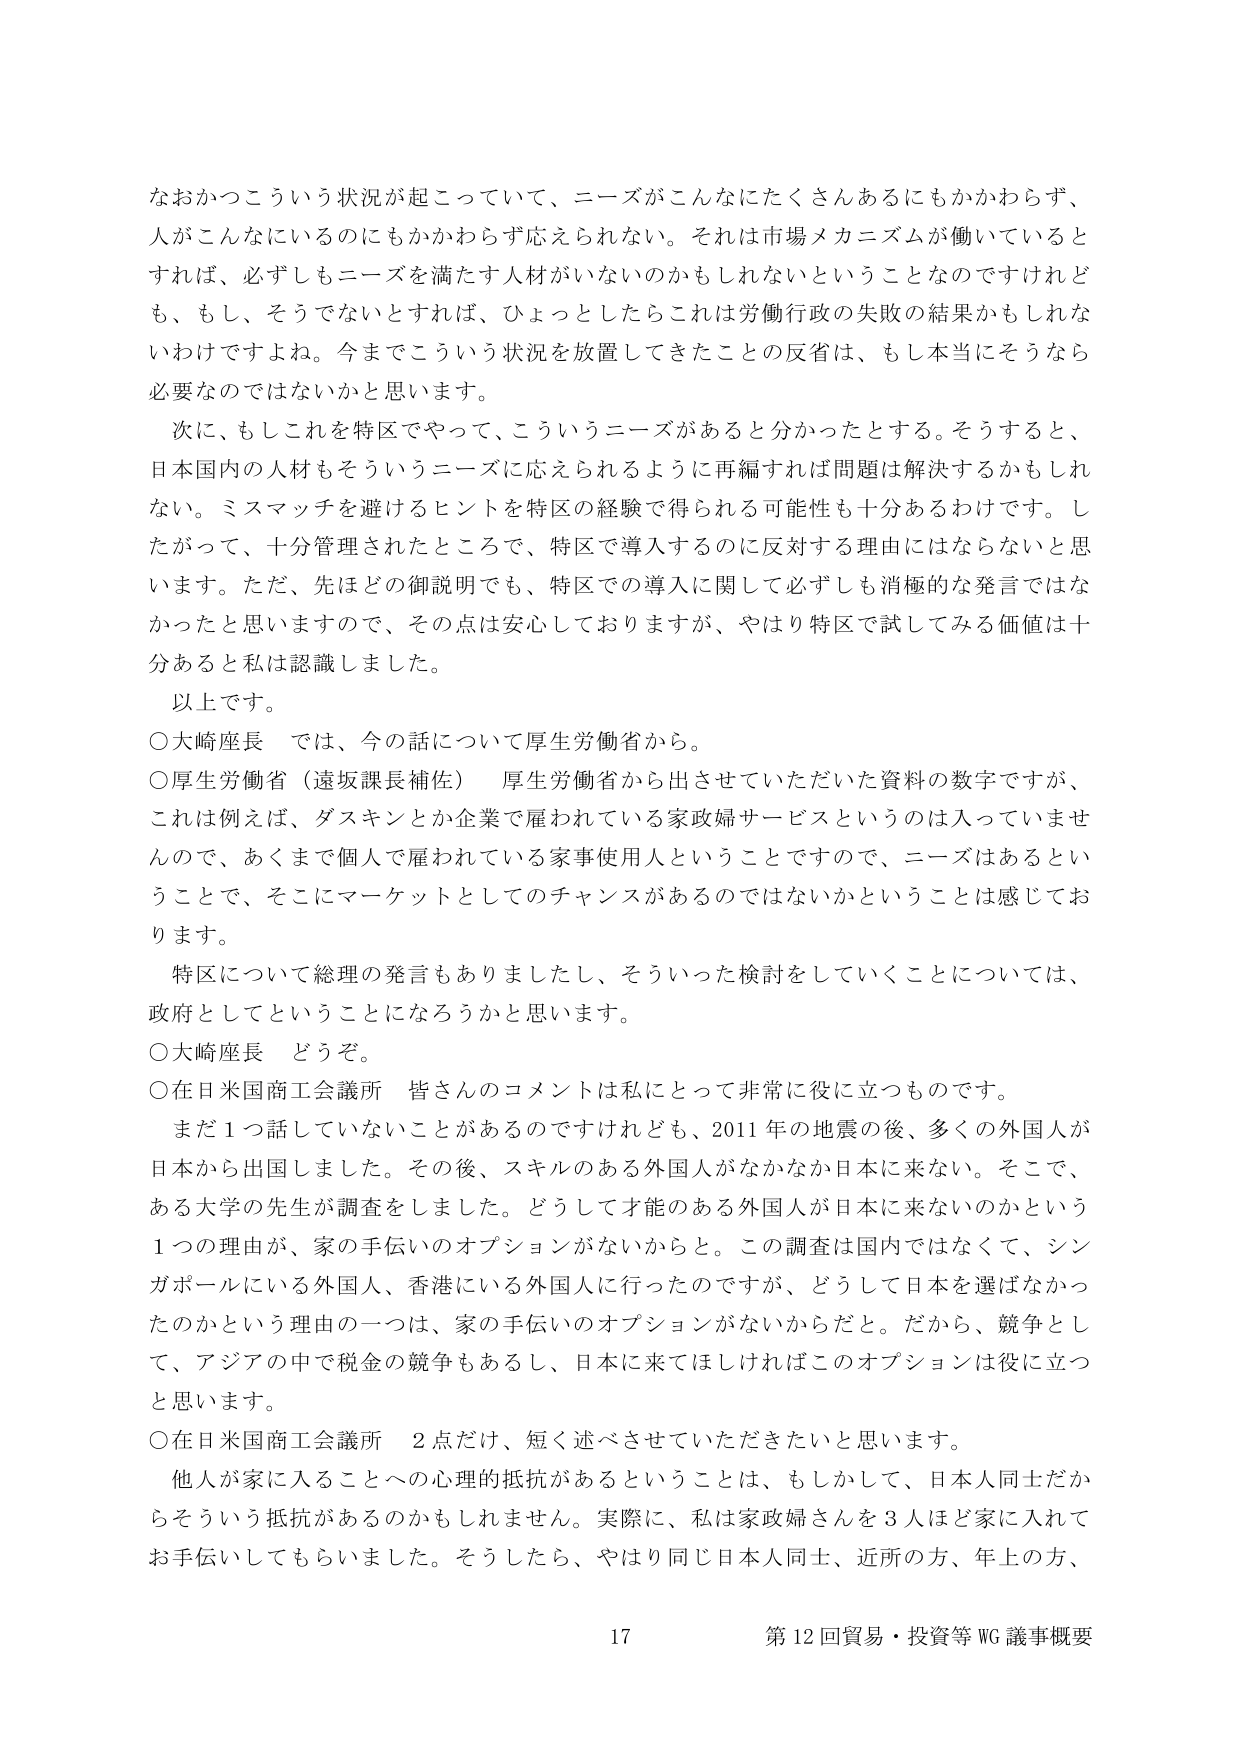
なおかつこういう状況が起こっていて、ニーズがこんなにたくさんあるにもかかわらず、
人がこんなにいるのにもかかわらず応えられない。それは市場メカニズムが働いていると
すれば、必ずしもニーズを満たす人材がいないのかもしれないということなのですが
も、もし、そうでないとすれば、ひょっとしたらこれは労働行政の失敗の結果かもしれな
いわけですよね。今までこういう状況を放置してきたことの反省は、もし本当にそうなら
必要なのではないかと思います。

次に、もしこれを特区でやって、こういうニーズがあると分かったとする。そうすると、
日本国内の人材もそういうニーズに応えられるように再編すれば問題は解決するかもしれ
ない。ミスマッチを避けるヒントを特区の経験で得られる可能性も十分あるわけです。し
たがって、十分管理されたところで、特区で導入するのに反対する理由にはならないと思
います。ただ、先ほどの御説明でも、特区での導入に関して必ずしも消極的な発言ではな
かったと思いますので、その点は安心しておりますが、やはり特区で試してみる価値は十
分あると私は認識しました。

以上です。

○大崎座長　では、今の話について厚生労働省から。

○厚生労働省（遠坂課長補佐）　厚生労働省から出させていただいた資料の数字ですが、
これは例えば、ダスキンとか企業で雇われている家政婦サービスというのは入っていませ
んので、あくまで個人で雇われている家事使用人ということですので、ニーズはあるとい
うことで、そこにマーケットとしてのチャンスがあるのではないかということは感じてお
ります。

特区について総理の発言もありましたし、そういった検討をしていくことについては、
政府としてということになろうかと思います。

○大崎座長　どうぞ。

○在日米国商工会議所　皆さんのコメントは私にとって非常に役に立つものです。

まだ１つ話していないことがあるのですけれども、2011年の地震の後、多くの外国人が
日本から出国しました。その後、スキルのある外国人がなかなか日本に来ない。そこで、
ある大学の先生が調査をしました。どうして才能のある外国人が日本に来ないのかという
１つの理由が、家の手伝いのオプションがないからと。この調査は国内ではなくて、シン
ガポールにいる外国人、香港にいる外国人に行ったのですが、どうして日本を選ばなかっ
たのかという理由の一つは、家の手伝いのオプションがないからだと。だから、競争とし
て、アジアの中で税金の競争もあるし、日本に来てほしければこのオプションは役に立つ
と思います。

○在日米国商工会議所　２点だけ、短く述べさせていただきたいと思います。

他人が家に入ることへの心理的抵抗があるということは、もしかして、日本人同士だか
らそういう抵抗があるのかもしれません。実際に、私は家政婦さんを３人ほど家に入れて
お手伝いしてもらいました。そうしたら、やはり同じ日本人同士、近所の方、年上の方、

17　第12回貿易・投資等WG議事概要